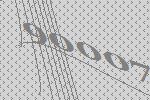
90007